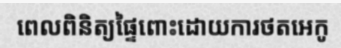
ពេលពិនិត្យផ្ទៃពោះដោយការថតអេកូ